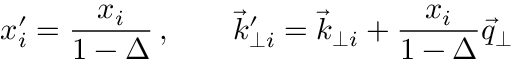
x _ { i } ^ { \prime } = { \frac { x _ { i } } { 1 - \Delta } } \, , \qquad { \vec { k } } _ { \perp i } ^ { \prime } = { \vec { k } } _ { \perp i } + { \frac { x _ { i } } { 1 - \Delta } } { \vec { q } } _ { \perp }